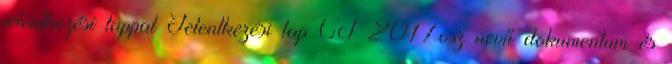
jelentkezési lappal Jelentkezési lap CT 2017osz nevű dokumentum és